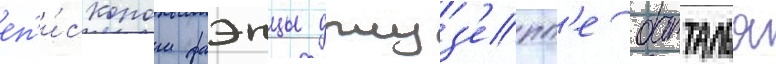
еп'и́скопом фаэнцы джуз'епп'е батталья